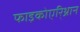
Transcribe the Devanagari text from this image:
फाइकोएरि्थ्रान